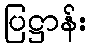
ပြဋ္ဌာန်း